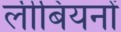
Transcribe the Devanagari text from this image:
लीबियनों